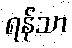
ရန်သာ